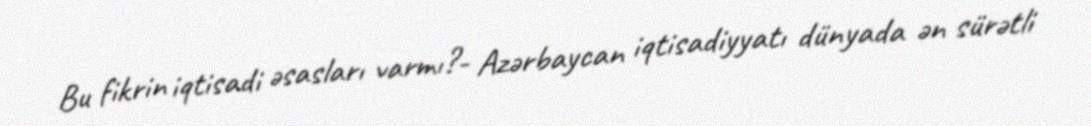
Bu fikrin iqtisadi əsasları varmı?- Azərbaycan iqtisadiyyatı dünyada ən sürətli